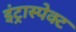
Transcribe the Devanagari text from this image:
इंट्रास्पेक्ट